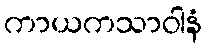
ကာယကသာဝါနံ